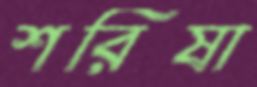
শরিষা